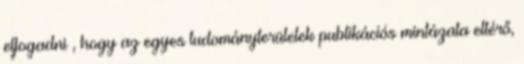
elfogadni , hogy az egyes tudományterületek publikációs mintázata eltérő,